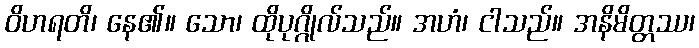
ဝိဟရတိ၊ နေ၏။ သော၊ ထိုပုဂ္ဂိုလ်သည်။ အဟံ၊ ငါသည်။ အနိမိတ္တဿ၊